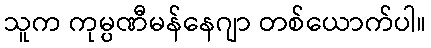
သူက ကုမ္ပဏီမန်နေဂျာ တစ်ယောက်ပါ။